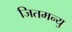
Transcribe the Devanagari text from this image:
जितमन्यु